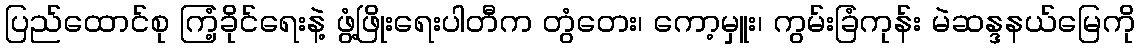
ပြည်ထောင်စု ကြံ့ခိုင်ရေးနဲ့ ဖွံ့ဖြိုးရေးပါတီက တွံတေး၊ ကော့မှူး၊ ကွမ်းခြံကုန်း မဲဆန္ဒနယ်မြေကို